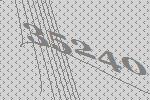
35240